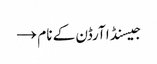
جیسنڈا آرڈن کے نام →